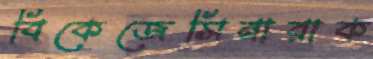
বিকেজেসিনারাক